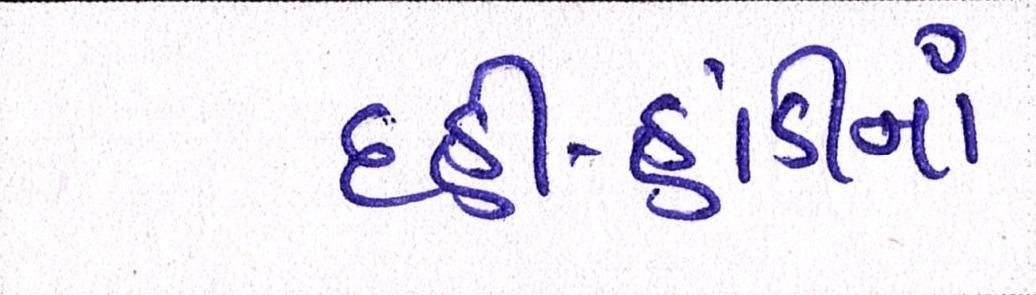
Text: દહીં-હાંડીનાં